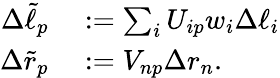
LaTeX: \begin{array}{rl}{\Delta\tilde{\ell}_{p}}&{{}:=\sum_{i}{U_{ip}w_{i}\Delta\ell_{i}}}\\ {\Delta\tilde{r}_{p}}&{{}:=V_{np}\Delta r_{n}.}\end{array}